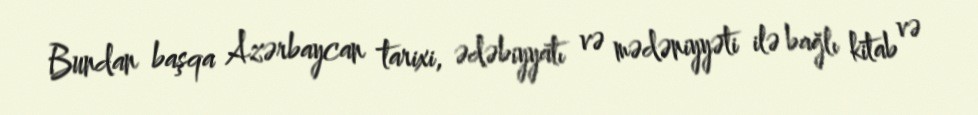
Bundan başqa Azərbaycan tarixi, ədəbiyyatı və mədəniyyəti ilə bağlı kitab və